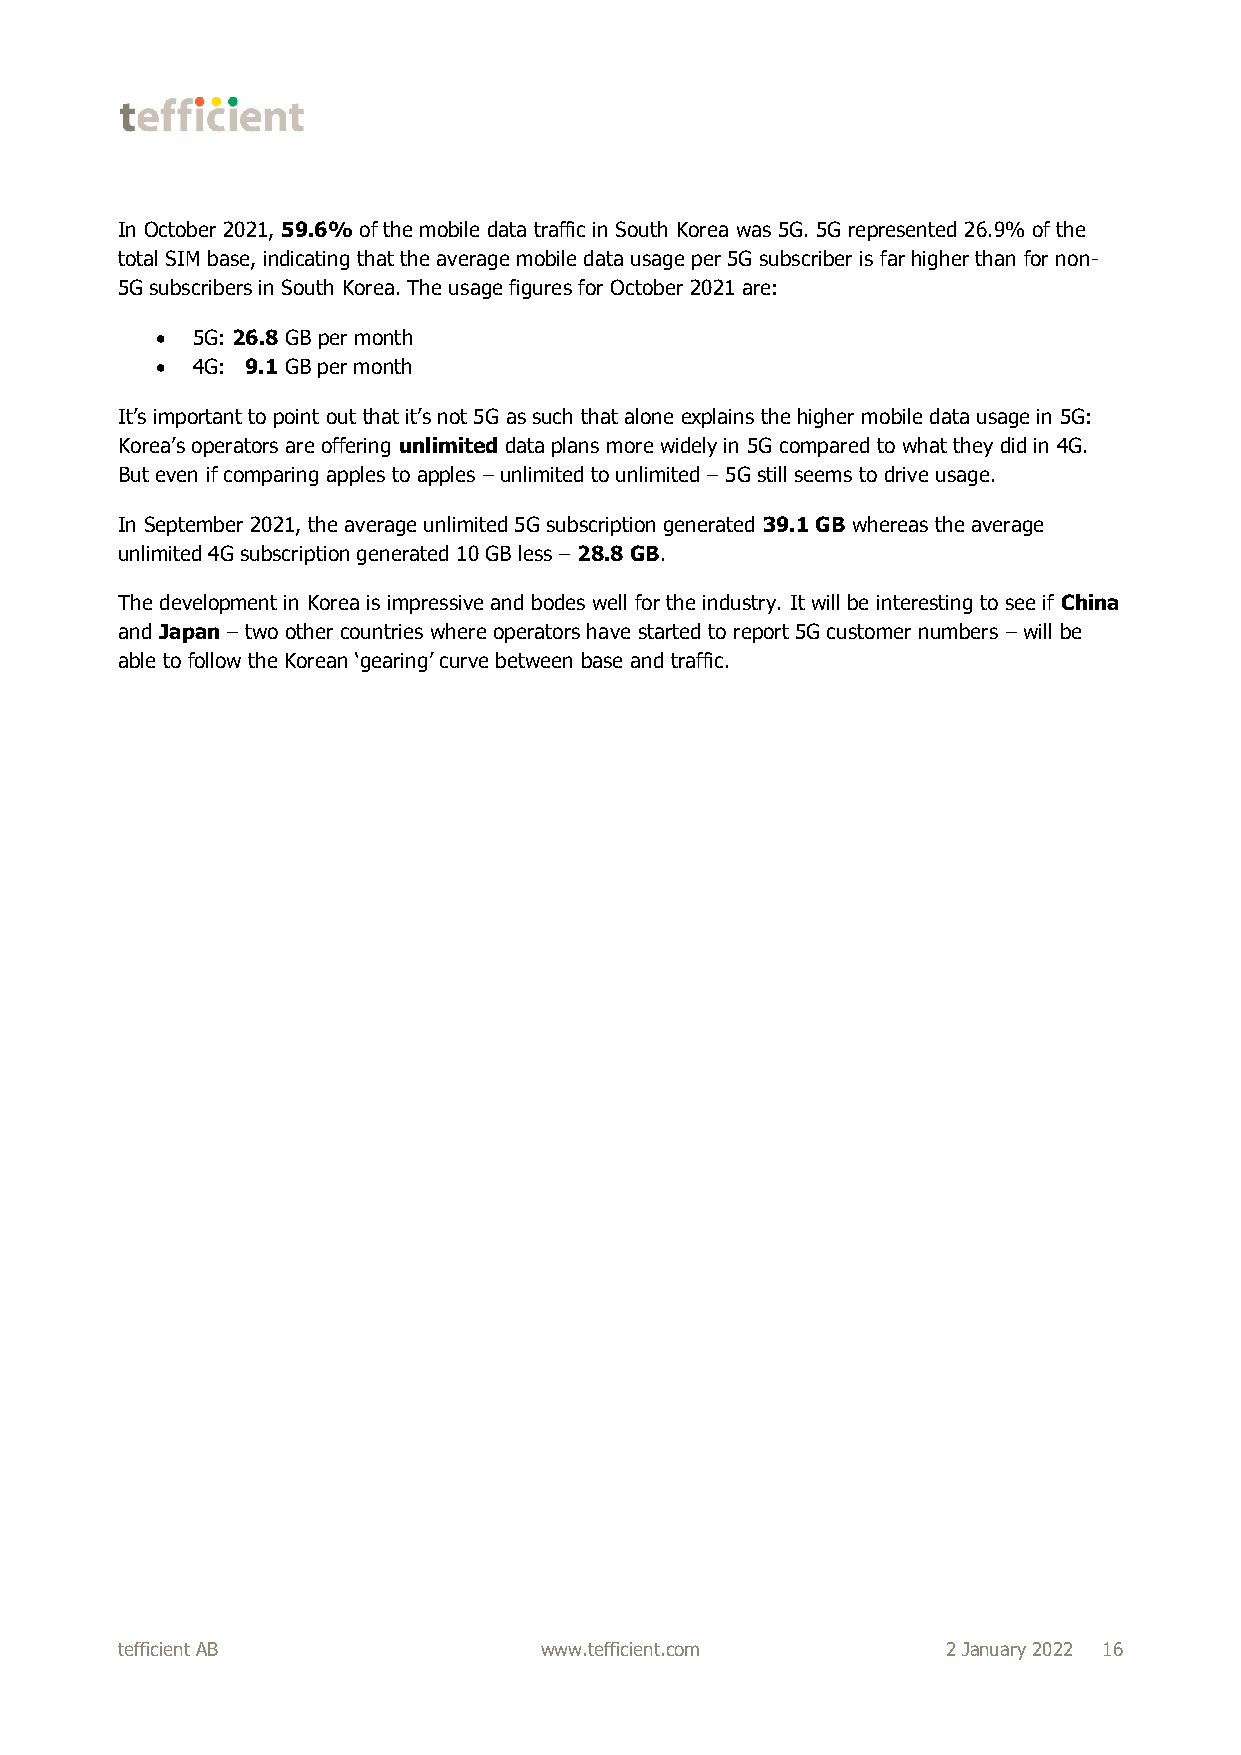
In October 2021, 59.6% of the mobile data traffic in South Korea was 5G. 5G represented 26.9% of the
 total SIM base, indicating that the average mobile data usage per 5G subscriber is far higher than for non-
 5G subscribers in South Korea. The usage figures for October 2021 are:
   5G: 26.8 GB per month
   4G: 9.1 GB per month
 It’s important to point out that it’s not 5G as such that alone explains the higher mobile data usage in 5G:
 Korea’s operators are offering unlimited data plans more widely in 5G compared to what they did in 4G.
 But even if comparing apples to apples – unlimited to unlimited – 5G still seems to drive usage.
 In September 2021, the average unlimited 5G subscription generated 39.1 GB whereas the average
 unlimited 4G subscription generated 10 GB less – 28.8 GB.
 The development in Korea is impressive and bodes well for the industry. It will be interesting to see if China
 and Japan – two other countries where operators have started to report 5G customer numbers – will be
 able to follow the Korean ‘gearing’ curve between base and traffic.
 tefficient AB               www.tefficient.com         2 January 2022 16